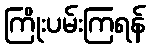
ကြိုးပမ်းကြရန်